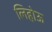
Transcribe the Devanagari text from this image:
लिहोऊ